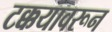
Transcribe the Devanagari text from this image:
टक्कयावरून